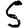
Digit: 5